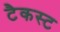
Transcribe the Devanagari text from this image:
टैकस्ट